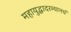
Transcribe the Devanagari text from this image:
महायुद्धादरम्यानचं